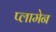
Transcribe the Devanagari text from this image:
प्लामेन